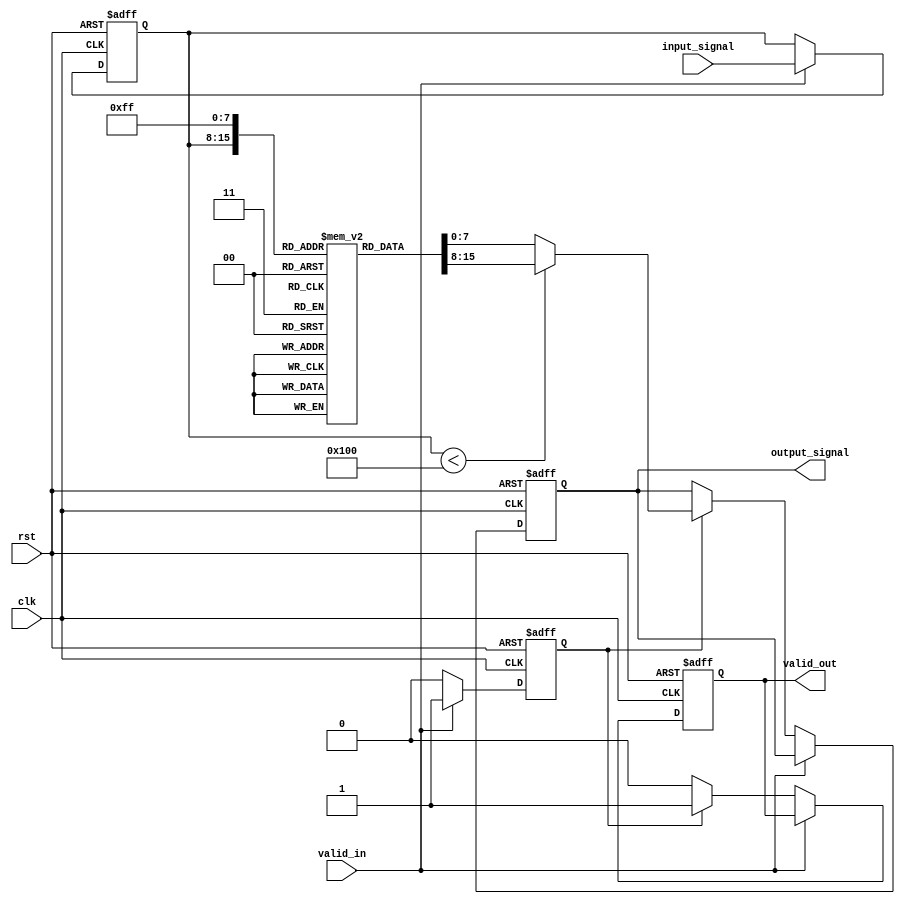
module LogarithmicFilter #(
    parameter N = 8,                // Bit width for input
    parameter M = 8,                // Bit width for output
    parameter LOG_TABLE_SIZE = 256  // Size of the lookup table
)(
    input wire clk,
    input wire rst,
    input wire [N-1:0] input_signal, // Input signal
    input wire valid_in,              // Input valid signal
    output reg [M-1:0] output_signal, // Output transformed signal
    output reg valid_out              // Output valid signal
);

// Lookup table for logarithmic values (for base 2)
// This table should ideally be filled using actual logarithm values for the desired range.
reg [M-1:0] log_table [0:LOG_TABLE_SIZE-1];

// Initialization of log_table
integer i;
initial begin
    for (i = 1; i < LOG_TABLE_SIZE; i = i + 1) begin
        log_table[i] = $rtoi($ln(i) / $ln(2) * (1 << M)); // log2(i)
    end
    log_table[0] = 0; // Handle log(0), undefined
end

// Input Stage
reg [N-1:0] input_reg;
reg process_flag;

// Pipelined architecture
always @(posedge clk or posedge rst) begin
    if (rst) begin
        input_reg <= 0;
        process_flag <= 0;
        output_signal <= 0;
        valid_out <= 0;
    end else if (valid_in) begin
        // Capture the input signal
        input_reg <= input_signal;
        process_flag <= 1;
    end else if (process_flag) begin
        // Logarithmic Computation Block
        if (input_reg < LOG_TABLE_SIZE) begin
            output_signal <= log_table[input_reg];
        end else begin
            output_signal <= log_table[LOG_TABLE_SIZE-1]; // Saturate to max if out of bounds
        end
        valid_out <= 1;
        process_flag <= 0; // Clear process flag
    end else begin
        valid_out <= 0; // No valid output if not processed
    end
end

endmodule